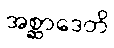
အစ္ဆာဒေတိ